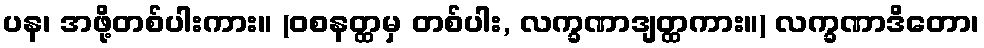
ပန၊ အဖို့တစ်ပါးကား။ (ဝစနတ္ထမှ တစ်ပါး, လက္ခဏာဒျတ္ထကား။) လက္ခဏာဒိတော၊